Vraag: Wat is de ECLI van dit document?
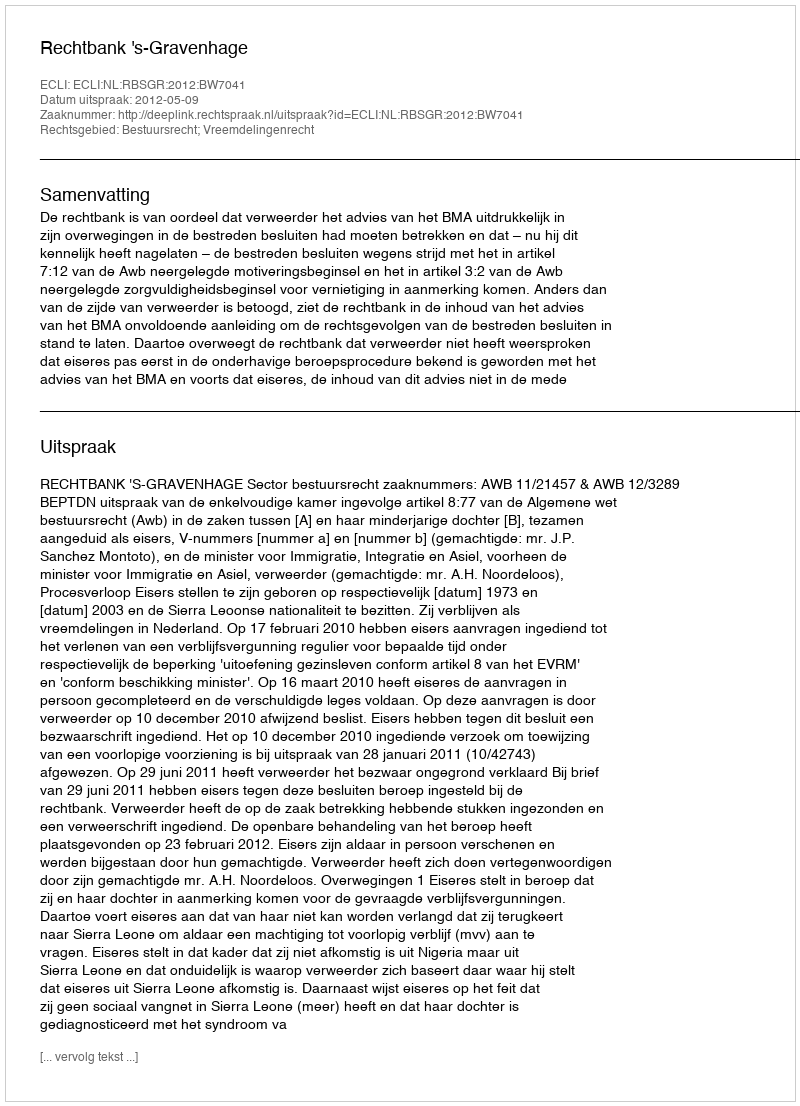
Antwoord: ECLI:NL:RBSGR:2012:BW7041